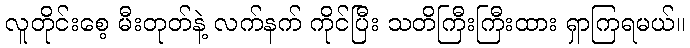
လူတိုင်းစေ့ မီးတုတ်နဲ့ လက်နက် ကိုင်ပြီး သတိကြီးကြီးထား ရှာကြရမယ်။